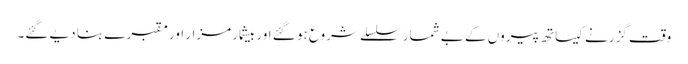
وقت گزرنے کیساتھ پیروں کے بے شمار سلسلے شروع ہو گئے اور بیشمار مزار اور مقبرے بنا دیے گئے۔